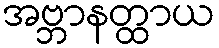
အဗ္ဘာနတ္ထာယ